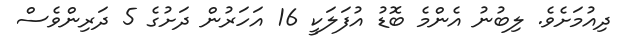
ދިއުމަށެވެ. ލިބުނު އެންމެ ބޮޑު އުފަލަކީ 16 އަހަރުން ދަށުގެ 5 ދަރިންވެސް